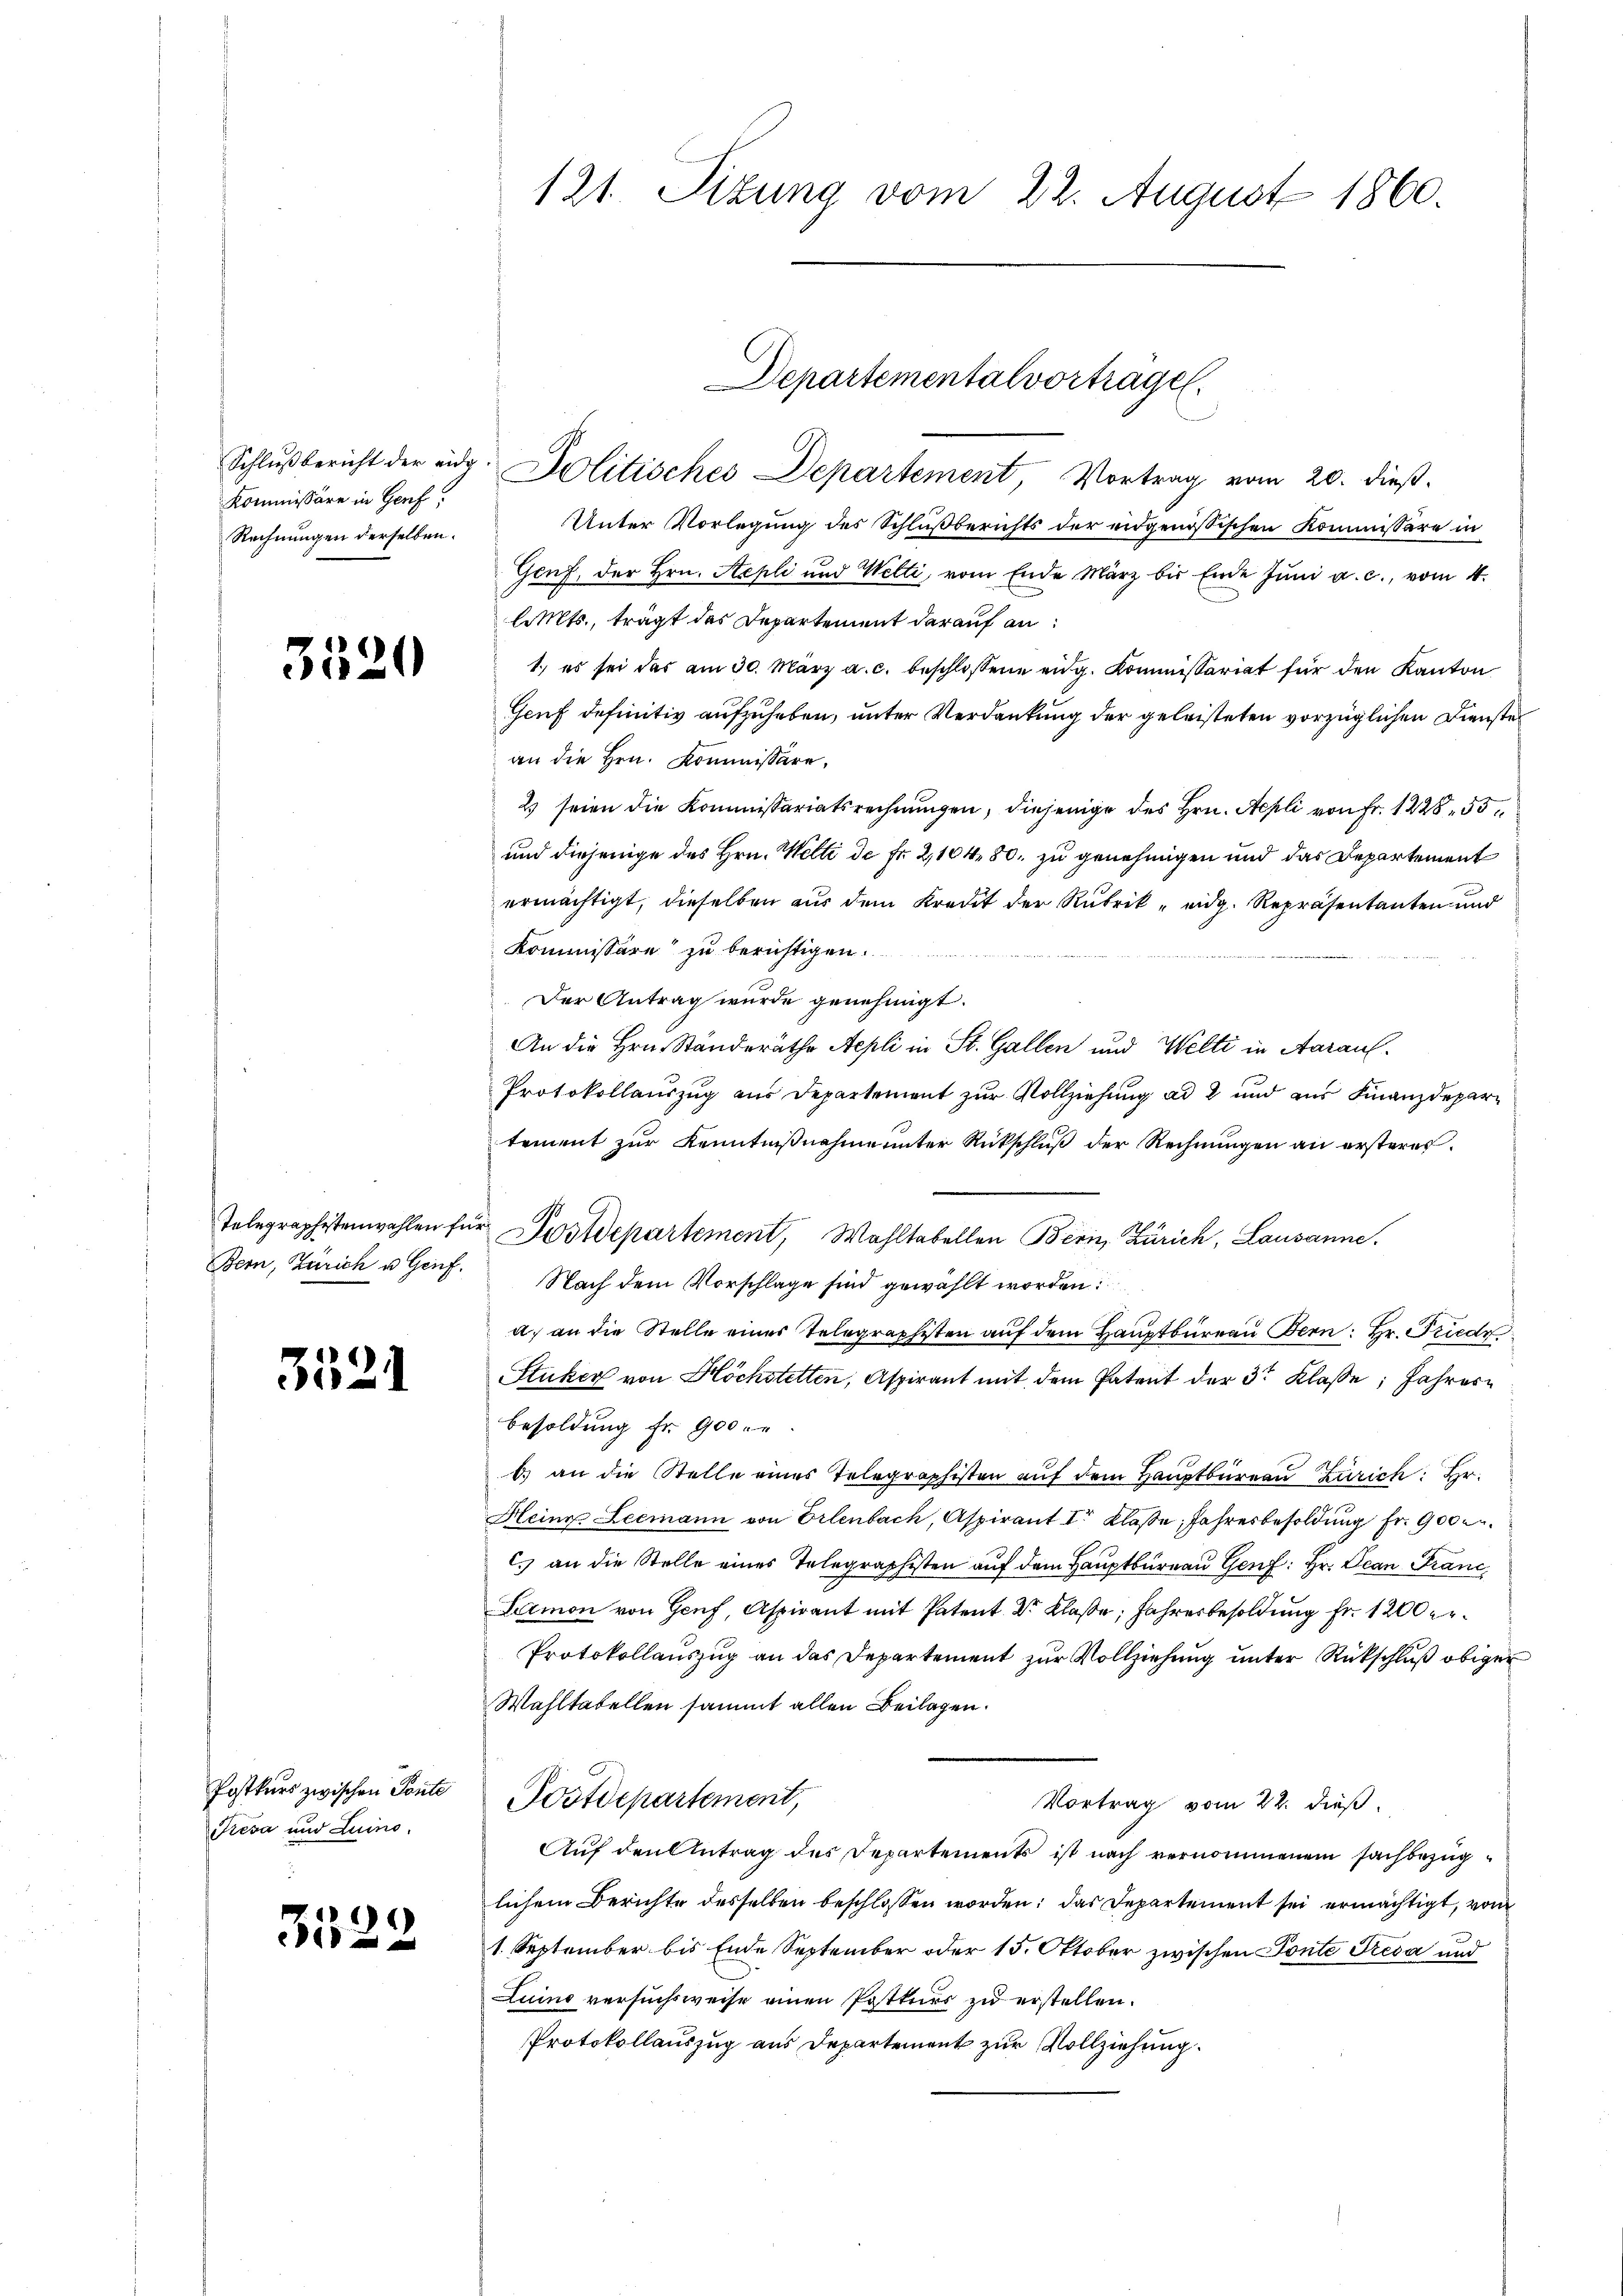
Schlußbericht der eidg
Kommissäre in Genf,
Rechnungen derselben.

3520

Telegraphestenwahlen für
Bern, Zürich u. Genf.

3521

Postkurs zwischen Tante
Tresa und Luino.

3522

121. Sizung vom 22. August 1860.

Politisches Departement, Vortrag vom 20. dieß.
Unter Vorlegung des Schlußberichts der eidgenößischen Kommissäre in
Genf, der Hrn. Sepli und Welti, vom Ende März bis Ende Juni a. c., vom 4.
l. Mts., trägt das Departement darauf an¬
1.) es sei das am 30. März a. c. beschlossene eidg. Kommissariat für den Kanton
Genf definitiv aufzuheben, unter Verdankung der geleisteten vorzüglichen Dienstel
an die Hrn. Kommissäre,
2) seien die Kommissariatsrechnungen, diejenige des Hrn. Aepli von Fr. 1228, 35
und diejenige des Hrn. Welti de fr. 2,104. 80. zu genehmigen und das Departement
ermächtigt, dieselben aus dem Kredit der Rubrik „ eidg. Repräsentanten und
Kommissäre zu berichtigen.
Der Antrag wurde genehmigt.
An die Hrn. Ständeräthe Aepli in St. Gallen und Welti in Aarauf
Protokollauszug aus Departement zŭr Vollziehung ad 2 und aus Finanzdepartement zur Kenntnißnahme unter Rückschluß der Rechnungen an ersteres.
Postdepartement, Wahltabellen Bern, Zürich, Lausanne.
Nach dem Vorschlage sind gewählt worden:
a. an die Stelle eines Telegraphisten aŭf dem Hauptbüreau Bern: Hr. Friedr
Stuker von Höchstetten, Aspirant mit dem Patent der 3te Klaße, Jahresbesoldung fr. 900.
6) an die Stelle eines Telegraphisten auf dem Hauptbureau Zürich: Hr.
Heine Leemann von Erlenbach, Aspirant I. Klasse, Jahresbesoldung fr. 900 m.
C. an die Stelle eines Telegraphisten auf dem Hauptbureau Genf: Hr. Jean Franc,
Limon von Genf, Aspirant mit Patent Dr. Klaße, Jahresbesoldung Fr. 1200 er¬
Protokollauszug an das Departement zur Vollziehung unter Rückschluß obiger
Wahltatellen sammt allen Beilagen.
Postdepartement,
Vortrag vom 22. dieß.
Auf den Antrag des Departements ist nach vernommenem sachbezuglichem Berichte desselben beschlossen worden; das Departement sei ermächtigt, von
1. September bis Ende September oder 15. Oktober zwischen Ponte Tresa und
Luino versuchsweise einen Pottuer zu erstellen.
Protokollauszug aus Departement zur Vollziehung.

Departemental vortragen.